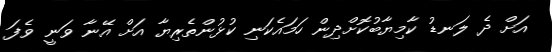
އަށް ދެ ލަނޑު ކާމިޔާބުކޮށްދިން ހަމައެކަނި ކުޅުންތެރިޔާ އަށް އޭނާ ވަނީ ވެފަ